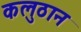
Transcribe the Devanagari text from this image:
कलुठान